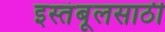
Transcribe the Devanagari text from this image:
इस्तंबूलसाठी